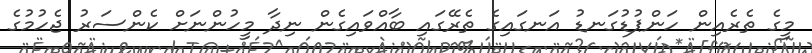
މީގެ ތެރެއިން ހަންޕުޑުގަނޑު އަނގައިގެ ތެރޭގައި ބާއްވައިގެން ނިދާ މީހުންނަށް ކެންސަރު ޖެހުމުގެ